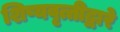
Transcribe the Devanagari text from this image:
शिष्यवृत्तीद्वारे